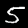
Digit: 5